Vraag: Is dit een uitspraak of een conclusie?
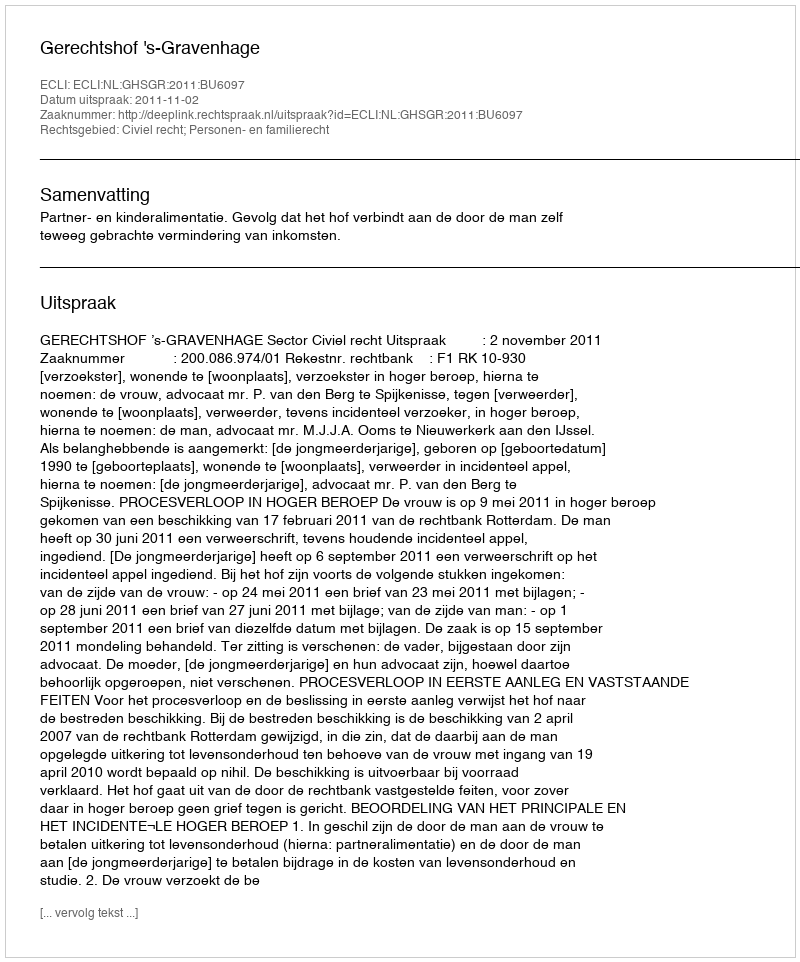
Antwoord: Uitspraak